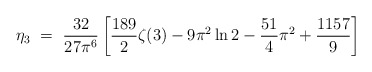
\begin{align*}\eta_3 ~=~ \frac{32}{27\pi^6} \left[ \frac{189}{2}\zeta(3) - 9\pi^2 \ln 2- \frac{51}{4}\pi^2 + \frac{1157}{9} \right]\end{align*}